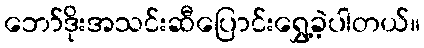
ဘော်ဒိုးအသင်းဆီပြောင်းရွှေ့ခဲ့ပါတယ်။